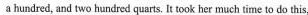
a hundred, and two hundred quarts. It took her much time to do this,